King Institute of Preventive Medicine Micro-Biological Section reports 1912-19
Year: 1912
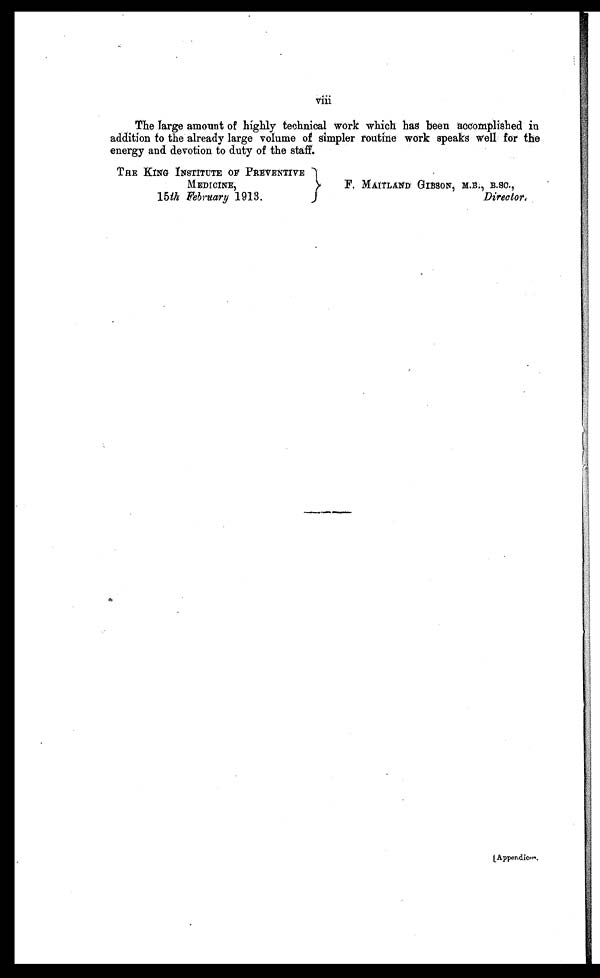
viii
The large amount of highly technical work which has been accomplished in
addition to the already large volume of simpler routine work speaks well for the
energy and devotion to duty of the staff.
THE KING INSTITUTE OF PREVENTIVE
MEDICINE,
F. MAITLAND GIBSON, M.B., B.SC.,
15 th February 1913.
Director.